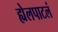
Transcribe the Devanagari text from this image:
ह्येलपाटलं